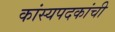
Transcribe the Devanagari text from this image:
कांस्यपदकांची